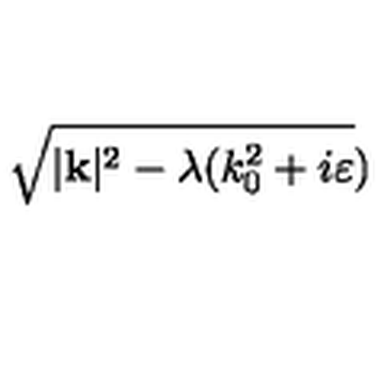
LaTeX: \sqrt { | \mathbf { k } | ^ { 2 } - \lambda ( k _ { 0 } ^ { 2 } + i \varepsilon } )